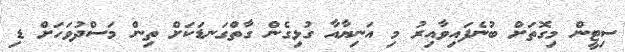
ސިޓީން މިގޮތަށް ބުނެފައިވާއިރު މި އަނިޔާއާ ގުޅިގެން ގާތްގަނޑަކަށް ތިން މަސްދުވަހަށް ޑި